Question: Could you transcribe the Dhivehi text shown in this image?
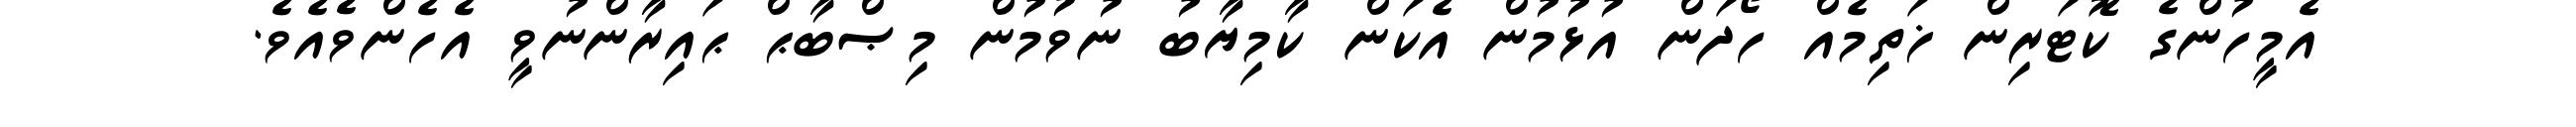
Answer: އެމީހުންގެ ކޮޓަރިން ޚަތިމެއް ހޯދަން އުޅުމުން އެކަން ކާމިޔާބު ނުވުމުން މިޞްބާޙް ޙައިރާންނުވީ އެހެންވެއެވެ.